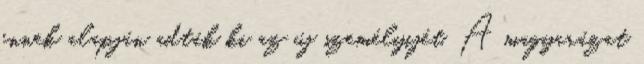
ennek alapján adták ki az új személyijét. A magyarázat